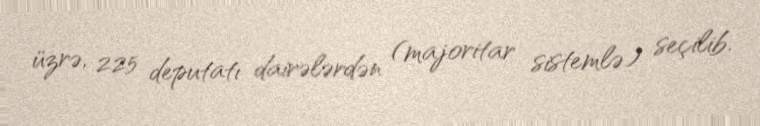
üzrə, 225 deputatı dairələrdən (majoritar sistemlə) seçilib.